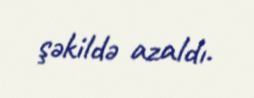
şəkildə azaldı.